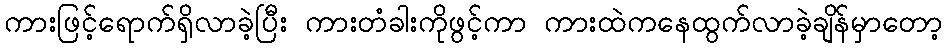
ကားဖြင့်ရောက်ရှိလာခဲ့ပြီး ကားတံခါးကိုဖွင့်ကာ ကားထဲကနေထွက်လာခဲ့ချိန်မှာတော့